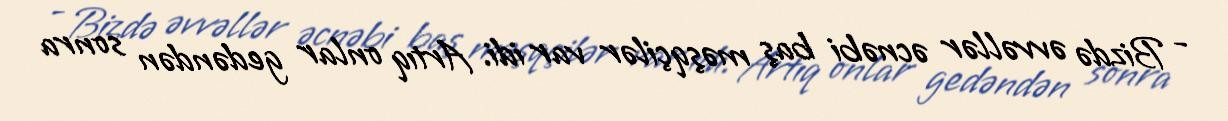
- Bizdə əvvəllər əcnəbi baş məşqçilər var idi. Artıq onlar gedəndən sonra